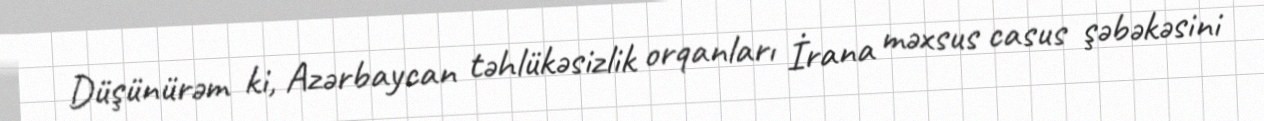
Düşünürəm ki, Azərbaycan təhlükəsizlik orqanları İrana məxsus casus şəbəkəsini